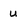
Character: u